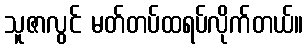
သူဇာလွင် မတ်တပ်ထရပ်လိုက်တယ်။